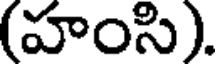
(హంసి).